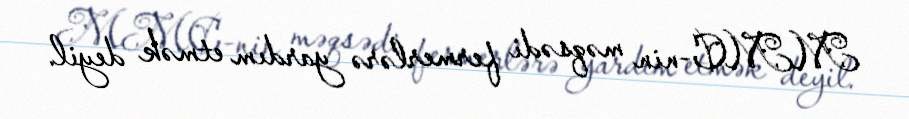
MMC-nin məqsədi fermerlərə yardım etmək deyil.